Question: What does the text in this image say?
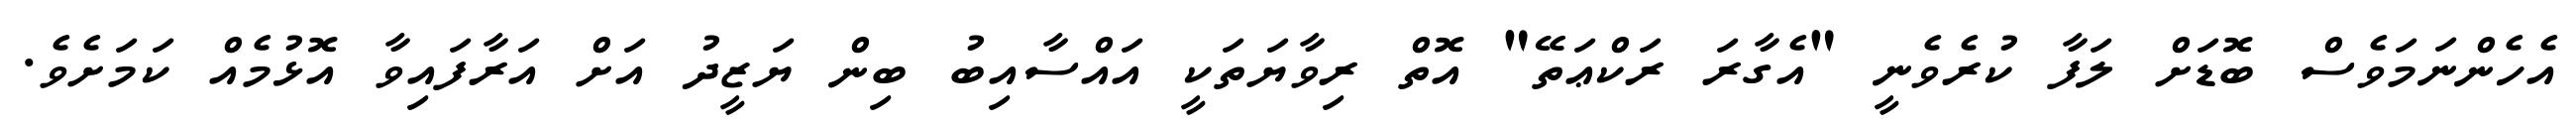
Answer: އެހެންނަމަވެސް ބޮޑަށް ލަފާ ކުރެވެނީ "އެގާރަ ރަކްޢަތޭ" އޮތް ރިވާޔަތަކީ އައްސާއިބު ބިން ޔަޒީދު އަށް އަރާފައިވާ އޮޅުމެއް ކަމަށެވެ.